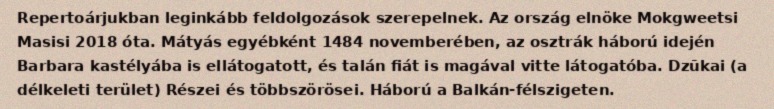
Repertoárjukban leginkább feldolgozások szerepelnek. Az ország elnöke Mokgweetsi Masisi 2018 óta. Mátyás egyébként 1484 novemberében, az osztrák háború idején Barbara kastélyába is ellátogatott, és talán fiát is magával vitte látogatóba. Dzūkai (a délkeleti terület) Részei és többszörösei. Háború a Balkán-félszigeten.